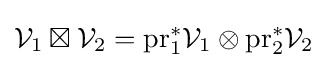
{\mathcal {V}}_{1}\boxtimes {\mathcal {V}}_{2}=\mathrm {pr} _{1}^{*}{\mathcal {V}}_{1}\otimes \mathrm {pr} _{2}^{*}{\mathcal {V}}_{2}